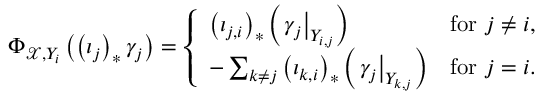
\Phi _ { \mathcal { X } , Y _ { i } } \left( \left( \iota _ { j } \right) _ { \ast } \gamma _ { j } \right) = \left\{ \begin{array} { l l } { \left( \iota _ { j , i } \right) _ { \ast } \left( \left. \gamma _ { j } \right| _ { Y _ { i , j } } \right) } & { \mathrm { f o r ~ } j \neq i , } \\ { - \sum _ { k \neq j } \left( \iota _ { k , i } \right) _ { \ast } \left( \left. \gamma _ { j } \right| _ { Y _ { k , j } } \right) } & { \mathrm { f o r ~ } j = i . } \end{array} \right.